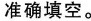
准确填空。